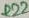
Text: R22